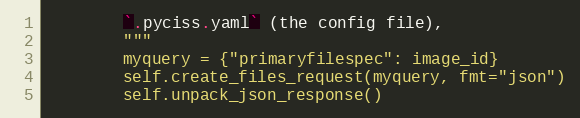
Language: Python
        `.pyciss.yaml` (the config file),
        """
        myquery = {"primaryfilespec": image_id}
        self.create_files_request(myquery, fmt="json")
        self.unpack_json_response()